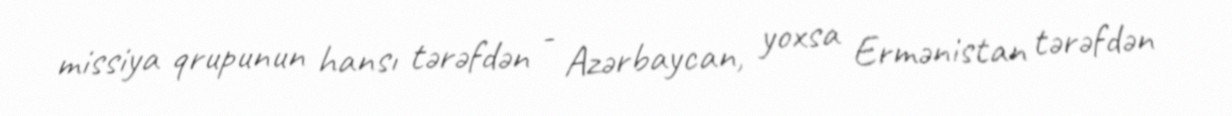
missiya qrupunun hansı tərəfdən - Azərbaycan, yoxsa Ermənistan tərəfdən